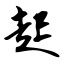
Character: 起